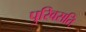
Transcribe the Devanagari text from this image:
पुरिवसति